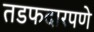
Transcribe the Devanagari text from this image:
तडफदारपणे